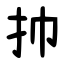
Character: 㧆